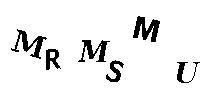
MRMSMU